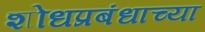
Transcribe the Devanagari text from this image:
शोधप्रबंधाच्या